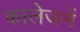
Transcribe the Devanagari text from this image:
कालेजमें